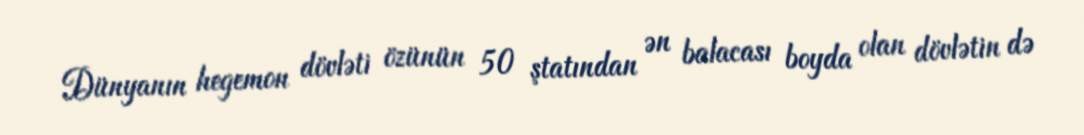
Dünyanın hegemon dövləti özünün 50 ştatından ən balacası boyda olan dövlətin də